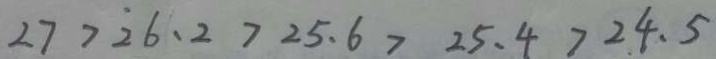
2 7 > 2 6 . 2 > 2 5 . 6 > 2 5 . 4 > 2 4 . 5